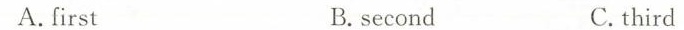
A.first B.second C. third